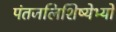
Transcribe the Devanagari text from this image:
पंतजलिशिष्येभ्यो